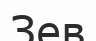
Зев